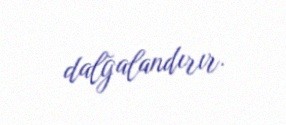
dalğalandırır.